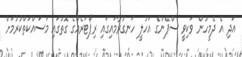
އަދި އެ ދެމީހުން ވަކިވީ ސްޕޭންގެ އަހުލީ ހަނގުރާމައިގައި ރިޕޯޓަރެއްގެ ގޮތުގައި މަސައްކަތްކުރުމަށް